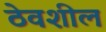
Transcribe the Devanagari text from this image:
ठेवशील